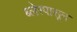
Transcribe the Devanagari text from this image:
ब्लेरपासून